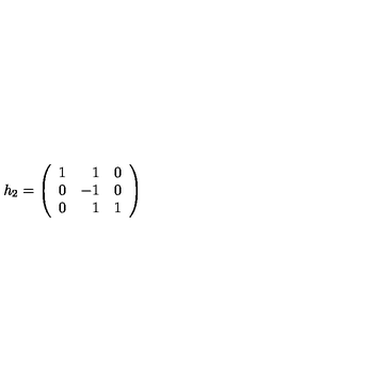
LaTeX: h _ { 2 } = \left( \begin{array} { r r r } { 1 } & { 1 } & { 0 } \\ { 0 } & { - 1 } & { 0 } \\ { 0 } & { 1 } & { 1 } \\ \end{array} \right)